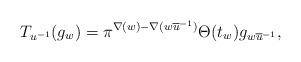
LaTeX: \begin{align*}T_{u^{-1}}(g_w)=\pi^{\nabla(w)-\nabla(w\overline{u}^{-1})}\Theta(t_{w})g_{w\overline{u}^{-1}},\end{align*}